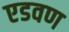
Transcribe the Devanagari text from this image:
एडवण